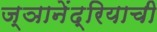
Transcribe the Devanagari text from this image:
ज्ञानेंद्रियाची